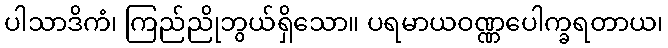
ပါသာဒိကံ၊ ကြည်ညိုဘွယ်ရှိသော။ ပရမာယဝဏ္ဏပေါက္ခရတာယ၊